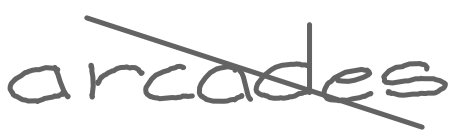
Text: arcades
Cross-out: diagonal
Writing tool: digital_gray